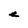
Character: e